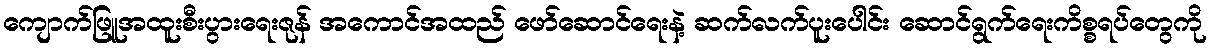
ကျောက်ဖြူအထူးစီးပွားရေးဇုန် အကောင်အထည် ဖော်ဆောင်ရေးနဲ့ ဆက်လက်ပူးပေါင်း ဆောင်ရွက်ရေးကိစ္စရပ်တွေကို